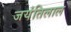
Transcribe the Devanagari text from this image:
जयंतिलाल